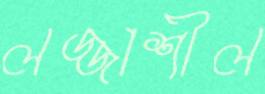
লজ্জাশীল